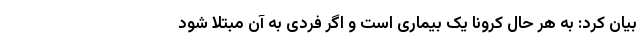
بیان کرد: به هر حال کرونا یک بیماری است و اگر فردی به آن مبتلا شود